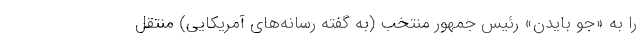
را به «جو بایدن» رئیس جمهور منتخب (به گفته رسانه‌های آمریکایی) منتقل